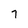
Character: 7